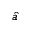
\hat { a }